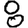
Digit: 8